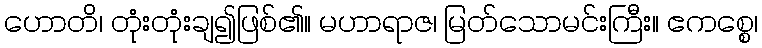
ဟောတိ၊ တုံးတုံးချ၍ဖြစ်၏။ မဟာရာဇ၊ မြတ်သောမင်းကြီး။ ဧကစ္စေ၊